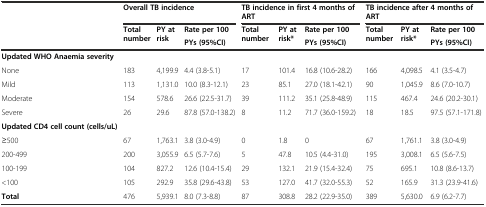
<table><thead><tr><td></td><td colspan="3"><b>Overall TB incidence</b></td><td colspan="3"><b>TB incidence in first 4 months of ART</b></td><td colspan="3"><b>TB incidence after 4 months of ART</b></td></tr><tr><td rowspan="2"></td><td rowspan="2"><b>Total number</b></td><td rowspan="2"><b>PY at risk</b></td><td><b>Rate per 100</b></td><td rowspan="2"><b>Total number</b></td><td rowspan="2"><b>PY at risk*</b></td><td><b>Rate per 100</b></td><td rowspan="2"><b>Total number</b></td><td rowspan="2"><b>PY at risk*</b></td><td><b>Rate per 100</b></td></tr><tr><td><b>PYs (95%CI)</b></td><td><b>PYs (95%CI)</b></td><td><b>PYs (95%CI)</b></td></tr></thead><tbody><tr><td><b>Updated WHO Anaemia severity</b></td><td></td><td></td><td></td><td></td><td></td><td></td><td></td><td></td><td></td></tr><tr><td>None</td><td>183</td><td>4,199.9</td><td>4.4 (3.8-5.1)</td><td>17</td><td>101.4</td><td>16.8 (10.6-28.2)</td><td>166</td><td>4,098.5</td><td>4.1 (3.5-4.7)</td></tr><tr><td>Mild</td><td>113</td><td>1,131.0</td><td>10.0 (8.3-12.1)</td><td>23</td><td>85.1</td><td>27.0 (18.1-42.1)</td><td>90</td><td>1,045.9</td><td>8.6 (7.0-10.7)</td></tr><tr><td>Moderate</td><td>154</td><td>578.6</td><td>26.6 (22.5-31.7)</td><td>39</td><td>111.2</td><td>35.1 (25.8-48.9)</td><td>115</td><td>467.4</td><td>24.6 (20.2-30.1)</td></tr><tr><td>Severe</td><td>26</td><td>29.6</td><td>87.8 (57.0-138.2)</td><td>8</td><td>11.2</td><td>71.7 (36.0-159.2)</td><td>18</td><td>18.5</td><td>97.5 (57.1-171.8)</td></tr><tr><td><b>Updated CD4 cell count (cells/uL)</b></td><td></td><td></td><td></td><td></td><td></td><td></td><td></td><td></td><td></td></tr><tr><td>≥500</td><td>67</td><td>1,763.1</td><td>3.8 (3.0-4.9)</td><td>0</td><td>1.8</td><td>0</td><td>67</td><td>1,761.1</td><td>3.8 (3.0-4.9)</td></tr><tr><td>200-499</td><td>200</td><td>3,055.9</td><td>6.5 (5.7-7.6)</td><td>5</td><td>47.8</td><td>10.5 (4.4-31.0)</td><td>195</td><td>3,008.1</td><td>6.5 (5.6-7.5)</td></tr><tr><td>100-199</td><td>104</td><td>827.2</td><td>12.6 (10.4-15.4)</td><td>29</td><td>132.1</td><td>21.9 (15.4-32.4)</td><td>75</td><td>695.1</td><td>10.8 (8.6-13.7)</td></tr><tr><td>&lt;100</td><td>105</td><td>292.9</td><td>35.8 (29.6-43.8)</td><td>53</td><td>127.0</td><td>41.7 (32.0-55.3)</td><td>52</td><td>165.9</td><td>31.3 (23.9-41.6)</td></tr><tr><td><b>Total</b></td><td>476</td><td>5,939.1</td><td>8.0 (7.3-8.8)</td><td>87</td><td>308.8</td><td>28.2 (22.9-35.0)</td><td>389</td><td>5,630.0</td><td>6.9 (6.2-7.7)</td></tr></tbody></table>